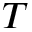
T